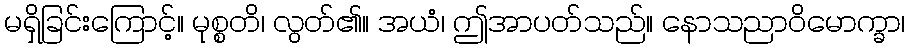
မရှိခြင်းကြောင့်။ မုစ္စတိ၊ လွတ်၏။ အယံ၊ ဤအာပတ်သည်။ နောသညာဝိမောက္ခာ၊